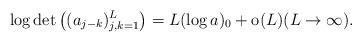
LaTeX: \begin{align*}\log \det\left( (a_{j-k})_{j,k=1}^{L} \right) = L (\log a)_0 + \hbox{o}(L) (L\to\infty). \end{align*}